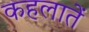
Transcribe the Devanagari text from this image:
कहलातें